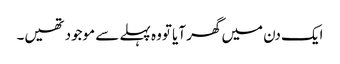
ایک دن میں گھر آیا تووہ پہلے سے موجود تھیں۔